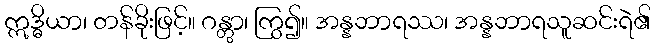
ဣဒ္ဓိယာ၊ တန်ခိုးဖြင့်။ ဂန္တွာ၊ ကြွ၍။ အန္နဘာရဿ၊ အန္နဘာရသူဆင်းရဲ၏